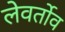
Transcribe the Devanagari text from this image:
लेवर्तोव